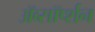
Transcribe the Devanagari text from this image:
ॲब्सॉर्प्शन